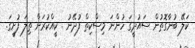
ކަލޭ ބުނާގޮތުން ސައުދީގަ ހުންނަ މިސްކިތް ފުދޭނު . ކީއްކުރަން ތިލަ ފުށީގަ.